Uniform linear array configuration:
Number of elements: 24
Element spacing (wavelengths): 0.75
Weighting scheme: uniform
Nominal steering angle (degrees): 60
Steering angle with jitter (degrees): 60.3
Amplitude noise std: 0.05
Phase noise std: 0.05

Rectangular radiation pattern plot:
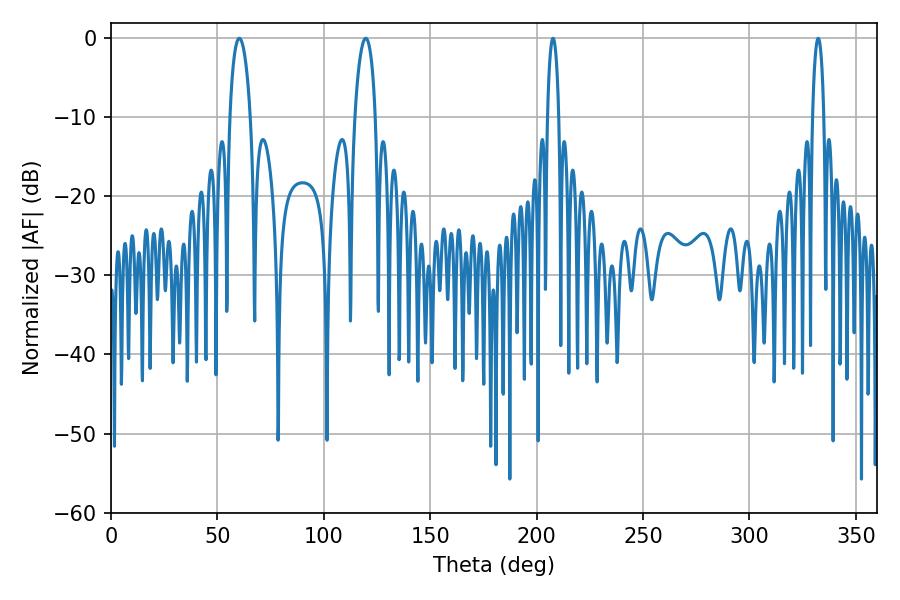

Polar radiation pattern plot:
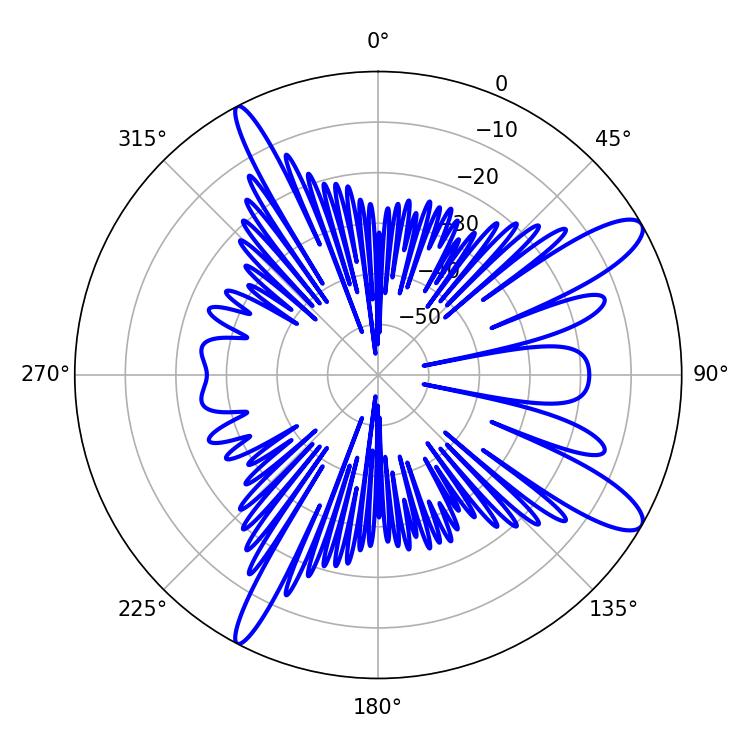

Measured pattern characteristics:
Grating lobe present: TRUE
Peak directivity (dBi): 11.714
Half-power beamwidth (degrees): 5.58
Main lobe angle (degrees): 60.3